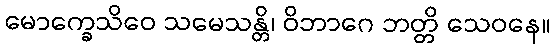
မောက္ခေသိဝေ သမေသန္တိ၊ ဝိဘာဂေ ဘတ္တိ သေဝနေ။